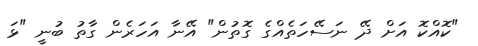
"ކޮއްކޮ އަށް ދޭ ނަސޭހަތެއްގެ ގޮތުން" އޭނާ އަހަރެން ގާތު ބުނީ "ޅަ